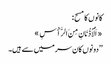
کانوں کا مسح:
«اَلْأُذُنَانِ مِنَ الرَّأْسِ»
’’دونوں کان سر میں سے ہیں۔